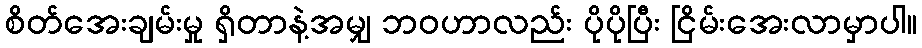
စိတ်အေးချမ်းမှု ရှိတာနဲ့အမျှ ဘဝဟာလည်း ပိုပိုပြီး ငြိမ်းအေးလာမှာပါ။